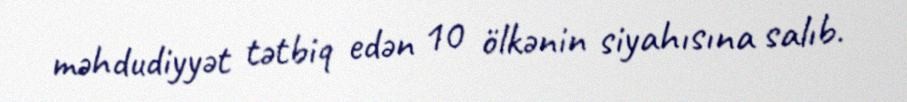
məhdudiyyət tətbiq edən 10 ölkənin siyahısına salıb.